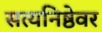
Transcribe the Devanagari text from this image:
सत्यनिष्ठेवर